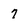
Character: 7